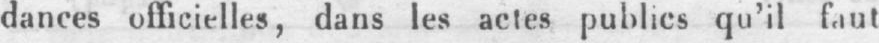
dances officielles, dans les actes publics qu’il faut